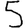
Digit: 5